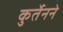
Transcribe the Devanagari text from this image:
कुर्तेनने